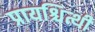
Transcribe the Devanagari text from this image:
प्रायश्चित्थी